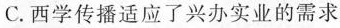
C.西学传播适应了兴办实业的需求